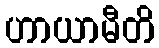
ဟာယာမီတိ